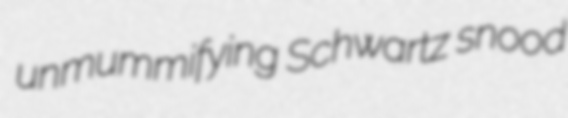
unmummifying Schwartz snood